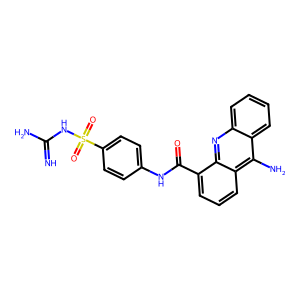
SMILES: N=C(N)NS(=O)(=O)c1ccc(NC(=O)c2cccc3c(N)c4ccccc4nc23)cc1
Inhibits HIV replication: No